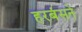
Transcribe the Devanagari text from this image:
हरबंसने